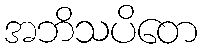
အဘိသပိတေ